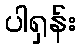
ပါရှန်း